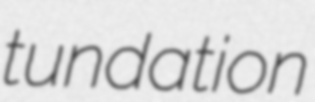
tundation